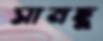
সামছু